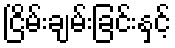
ငြိမ်းချမ်းခြင်းနှင့်